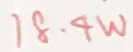
1 8 . 4 W